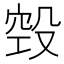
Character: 㲁